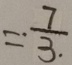
= \cdot \frac { 7 } { 3 . }